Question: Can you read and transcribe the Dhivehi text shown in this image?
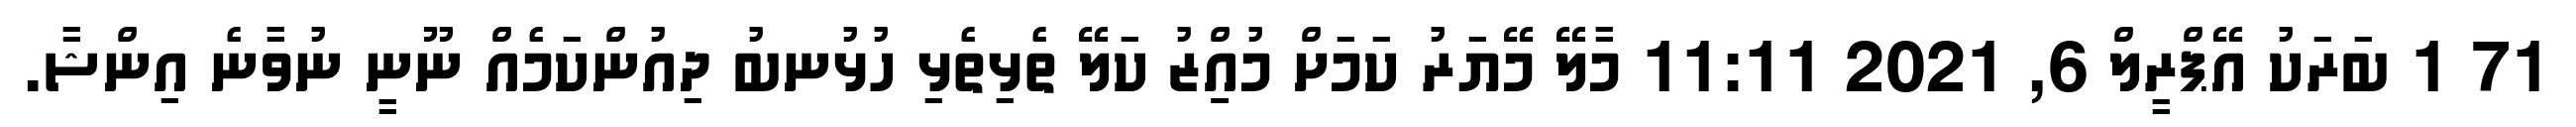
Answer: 71 1 ބަރަކު އޭޕްރީލް 6, 2021 11:11 މާލޭ މޭޔަރު ކަމަށް މުއިިިިިްޒު ކަލޭ ތެޅިތެޅި ހުޅުނބު ދިއުންކަމެއް ނޫނީ ނުވާނެ އިންޝާ.